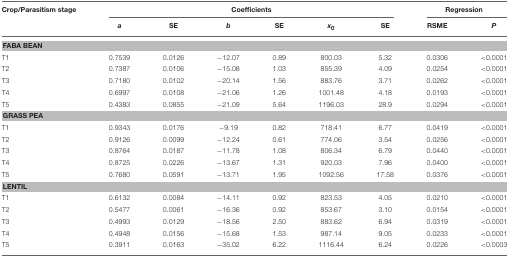
<table><thead><tr><td><b>Crop/Parasitism stage</b></td><td colspan="6"><b>Coefficients</b></td><td colspan="2"><b>Regression</b></td></tr><tr><td>[EMPTY_CELL]</td><td><b><i>a</i></b></td><td><b>SE</b></td><td><b><i>b</i></b></td><td><b>SE</b></td><td><b><i>x<sub>0</sub></i></b></td><td><b>SE</b></td><td><b>RSME</b></td><td><b><i>P</i></b></td></tr></thead><tbody><tr><td colspan="9"><b>FABA BEAN</b></td></tr><tr><td>T1</td><td>0.7539</td><td>0.0126</td><td>−12.07</td><td>0.89</td><td>800.03</td><td>5.32</td><td>0.0306</td><td>&lt;0.0001</td></tr><tr><td>T2</td><td>0.7387</td><td>0.0106</td><td>−15.08</td><td>1.03</td><td>855.39</td><td>4.09</td><td>0.0254</td><td>&lt;0.0001</td></tr><tr><td>T3</td><td>0.7180</td><td>0.0102</td><td>−20.14</td><td>1.56</td><td>883.76</td><td>3.71</td><td>0.0262</td><td>&lt;0.0001</td></tr><tr><td>T4</td><td>0.6997</td><td>0.0108</td><td>−21.06</td><td>1.26</td><td>1001.48</td><td>4.18</td><td>0.0193</td><td>&lt;0.0001</td></tr><tr><td>T5</td><td>0.4383</td><td>0.0855</td><td>−21.09</td><td>5.64</td><td>1196.03</td><td>28.9</td><td>0.0294</td><td>&lt;0.0001</td></tr><tr><td colspan="9"><b>GRASS PEA</b></td></tr><tr><td>T1</td><td>0.9343</td><td>0.0176</td><td>−9.19</td><td>0.82</td><td>718.41</td><td>6.77</td><td>0.0419</td><td>&lt;0.0001</td></tr><tr><td>T2</td><td>0.9126</td><td>0.0099</td><td>−12.24</td><td>0.61</td><td>774.06</td><td>3.54</td><td>0.0256</td><td>&lt;0.0001</td></tr><tr><td>T3</td><td>0.8764</td><td>0.0187</td><td>−11.78</td><td>1.08</td><td>806.34</td><td>6.79</td><td>0.0440</td><td>&lt;0.0001</td></tr><tr><td>T4</td><td>0.8725</td><td>0.0226</td><td>−13.67</td><td>1.31</td><td>920.03</td><td>7.96</td><td>0.0400</td><td>&lt;0.0001</td></tr><tr><td>T5</td><td>0.7680</td><td>0.0591</td><td>−13.71</td><td>1.95</td><td>1092.56</td><td>17.58</td><td>0.0376</td><td>&lt;0.0001</td></tr><tr><td colspan="9"><b>LENTIL</b></td></tr><tr><td>T1</td><td>0.6132</td><td>0.0084</td><td>−14.11</td><td>0.92</td><td>823.53</td><td>4.05</td><td>0.0210</td><td>&lt;0.0001</td></tr><tr><td>T2</td><td>0.5477</td><td>0.0061</td><td>−16.36</td><td>0.92</td><td>853.67</td><td>3.10</td><td>0.0154</td><td>&lt;0.0001</td></tr><tr><td>T3</td><td>0.4993</td><td>0.0129</td><td>−18.56</td><td>2.50</td><td>883.62</td><td>6.94</td><td>0.0319</td><td>&lt;0.0001</td></tr><tr><td>T4</td><td>0.4948</td><td>0.0156</td><td>−15.68</td><td>1.53</td><td>987.14</td><td>9.05</td><td>0.0233</td><td>&lt;0.0001</td></tr><tr><td>T5</td><td>0.3911</td><td>0.0163</td><td>−35.02</td><td>6.22</td><td>1116.44</td><td>6.24</td><td>0.0226</td><td>&lt;0.0003</td></tr></tbody></table>